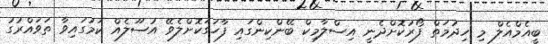
ބީއެމްއެލް މި ހިދުމަތް ފޯރުކޮށްދެނީ އިސްލާމިކް ބޭންކިންގައި ފާހަގަކޮށްލެވޭ އުސޫލެއް ކަމުގައިވާ ތަވައްރުގު